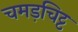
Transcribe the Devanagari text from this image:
चमड़चिट्ट